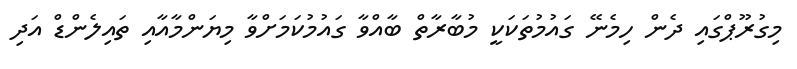
މިގުރޫޕްގައި ދެން ހިމެނޭ ގައުމުތަކަކީ މުބާރާތް ބާއްވާ ގައުމުކަމަށްވާ މިޔަންމާއާއި ތައިލެންޑް އަދި